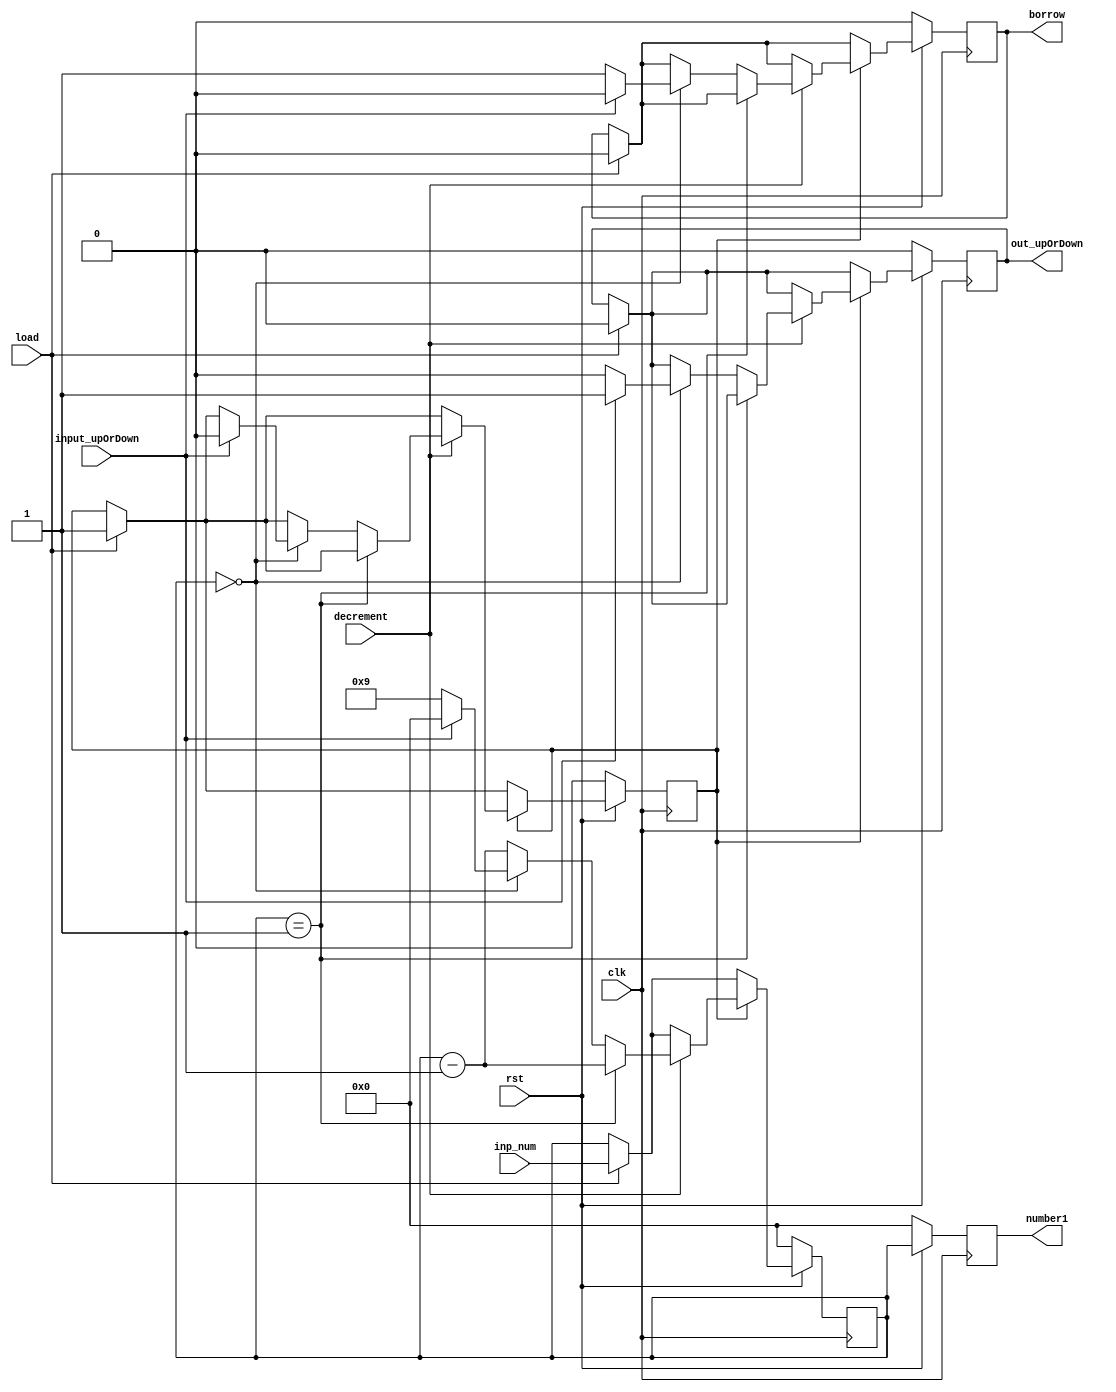
module timer_digit(decrement,load,clk,rst,inp_num,number1,out_upOrDown,borrow,input_upOrDown);
	input decrement,input_upOrDown,load;
	input clk,rst; 
	input [3:0]inp_num; 
	output reg [3:0]number1;
	output reg out_upOrDown,borrow;
	
	reg flag;
	reg [3:0]num;

	  always @(posedge clk)
	  begin
		if (rst==0)begin
			number1<=0;
			num<=0;
			flag<=0;
			out_upOrDown<=0;borrow<=0;
		end
		else begin
			if(load==1)  begin				
				num<= inp_num;
				out_upOrDown<=0;
                                borrow<=0;
				flag<=1;
			end
			if(flag==1) begin
				
				if(num > 4'b1001) begin
					number1<=4'b1001;
				end
				if(decrement ==1) begin
				
					if( num == 4'b0001) begin
						num <=num-1;
					end
					else if(num==4'b0000) begin
						if(input_upOrDown==0) begin
							num<=4'b1001;
							out_upOrDown<=0;
							borrow<=1;
						end
						else begin			
							num<=4'b0000;
							out_upOrDown<=1;
							borrow<=0;
							flag<=0;
						end
					end
					else begin
						num<=num-1;
					end
				end
			end
			
		        number1<=num;		
		end
	  end

endmodule